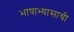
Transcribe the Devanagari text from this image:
भाषाभ्यासाची